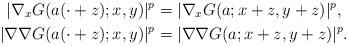
LaTeX: \begin{align*}|\nabla_xG(a(\cdot+z);x,y)|^p&=|\nabla_xG(a;x+z,y+z)|^p,\\|\nabla\nabla G(a(\cdot+z);x,y)|^p&=|\nabla\nabla G(a;x+z,y+z)|^p.\end{align*}